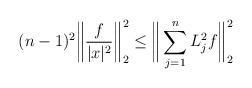
LaTeX: \begin{align*} (n-1)^2\bigg\| \frac{f}{|x|^2} \bigg\|_2^2 \leq \bigg\| \sum_{j=1}^n L_j^2 f \bigg\|_2^2\end{align*}